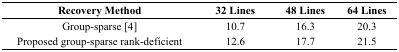
<table><thead><tr><td><b>Recovery Method</b></td><td><b>32 Lines</b></td><td><b>48 Lines</b></td><td><b>64 Lines</b></td></tr></thead><tbody><tr><td>Group-sparse [4]</td><td>10.7</td><td>16.3</td><td>20.3</td></tr><tr><td>Proposed group-sparse rank-deficient</td><td>12.6</td><td>17.7</td><td>21.5</td></tr></tbody></table>